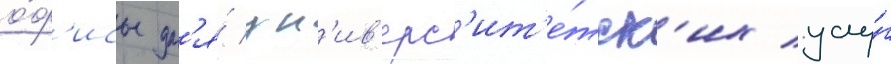
о́ф'исы дл'я́ ун'ив'ерс'ит'е́тск'их услу́г